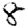
Digit: 8